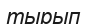
тырып